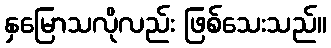
နှမြောသလိုလည်း ဖြစ်သေးသည်။